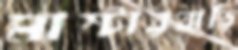
মাস্টারবাড়ি